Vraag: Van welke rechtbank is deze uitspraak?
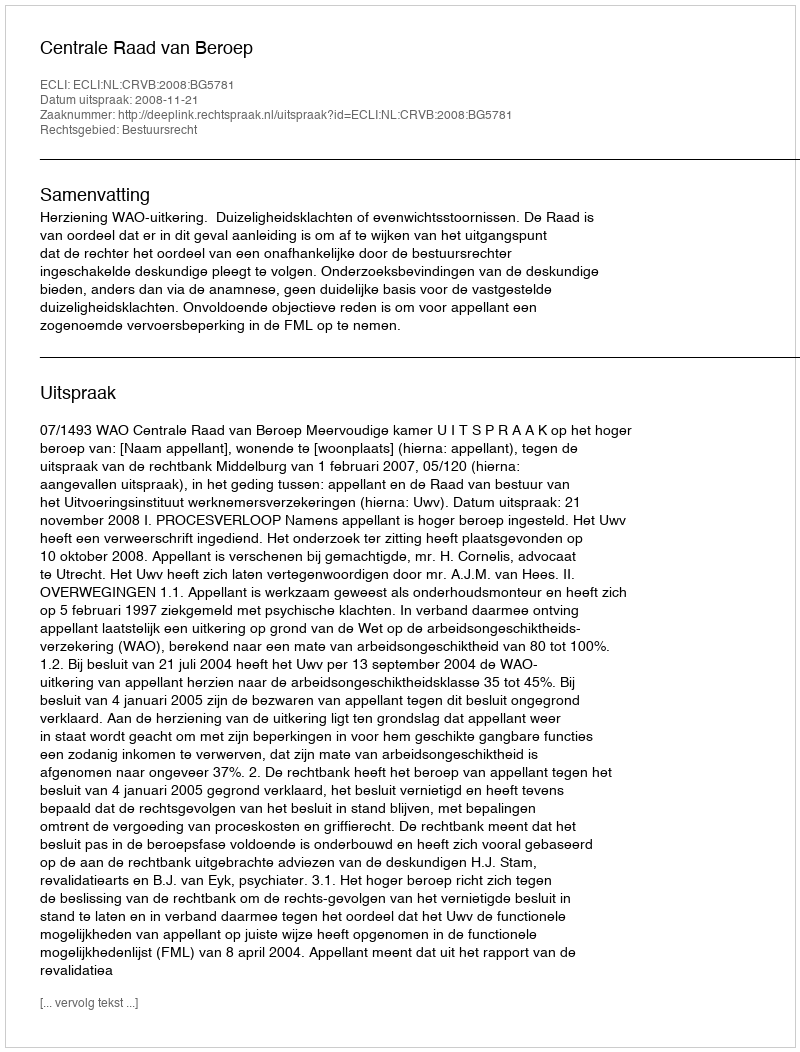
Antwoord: Centrale Raad van Beroep